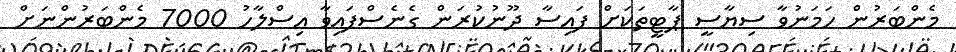
މެންބަރުން ހަމަނުވާ ސިޔާސީ ޕާޓީތަކަށް ފައިސާ ދޫނުކުރަން ގެނެސްފައިވާ އިސްލާހު 7000 މެންބަރުންނަށް